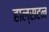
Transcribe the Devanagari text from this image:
हाल्सटन